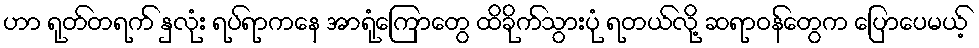
ဟာ ရုတ်တရက် နှလုံး ရပ်ရာကနေ အာရုံကြောတွေ ထိခိုက်သွားပုံ ရတယ်လို့ ဆရာဝန်တွေက ပြောပေမယ့်